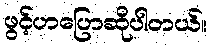
ဖွင့်ဟပြောဆိုပါတယ်။